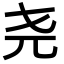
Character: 尧